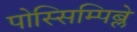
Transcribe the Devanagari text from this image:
पोस्सिम्पिब्ले